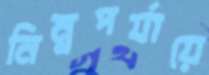
নিম্নপর্যায়ে